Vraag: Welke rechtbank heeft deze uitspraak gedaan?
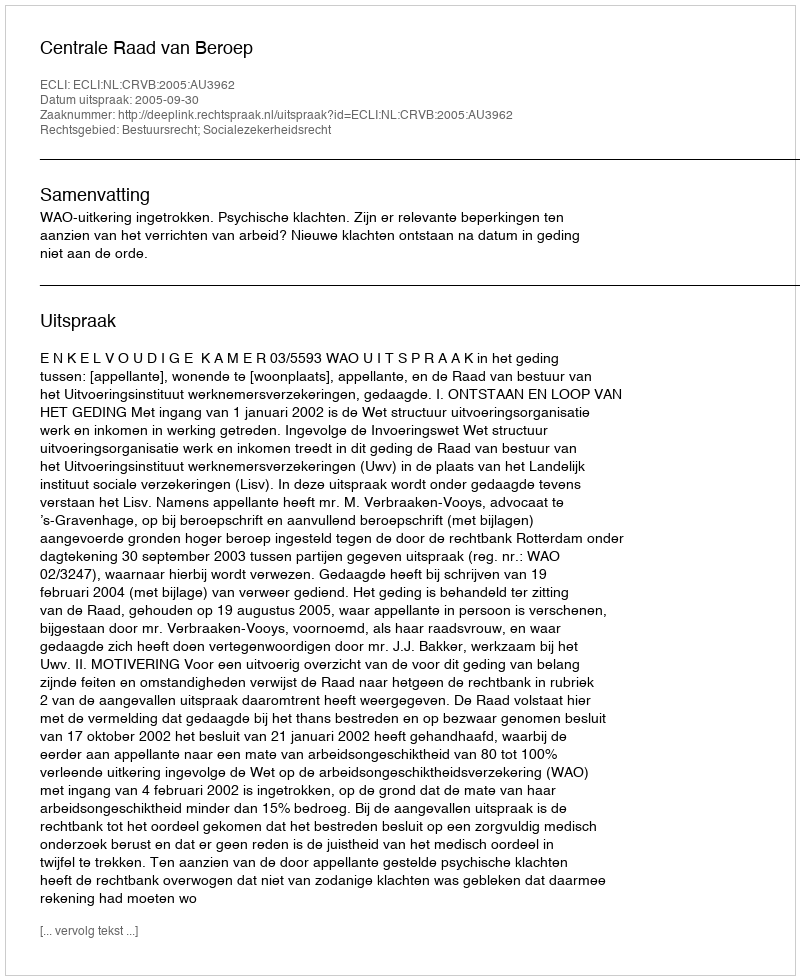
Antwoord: Centrale Raad van Beroep